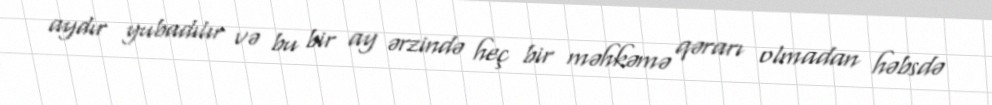
aydır yubadılır və bu bir ay ərzində heç bir məhkəmə qərarı olmadan həbsdə